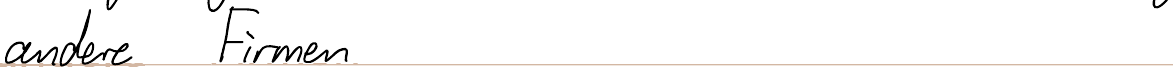
andere Firmen